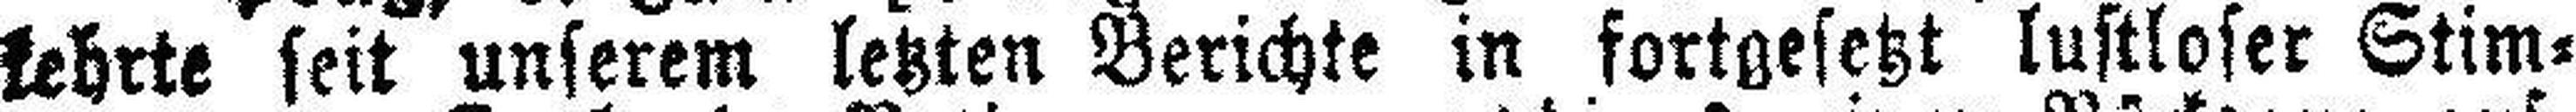
kehrte seit unserem letzten Berichte in fortgesetzt lustloser Stim¬